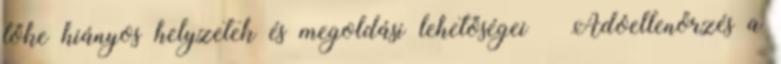
tőke hiányos helyzetek és megoldási lehetőségei Adóellenőrzés a